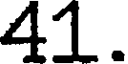
41.